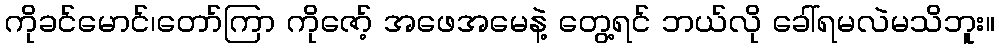
ကိုခင်မောင်၊တော်ကြာ ကိုဇော့် အဖေအမေနဲ့ တွေ့ရင် ဘယ်လို ခေါ်ရမလဲမသိဘူး။